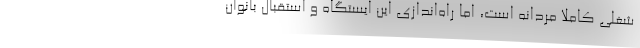
شغلی کاملاً مردانه است، اما راه‌اندازی این ایستگاه و استقبال بانوان